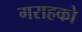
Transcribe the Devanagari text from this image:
गराहको